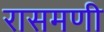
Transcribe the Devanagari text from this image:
रासमणी